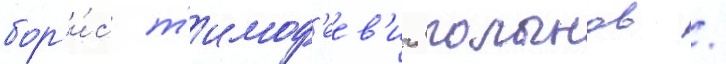
бор'и́с т'имоф'еев'ич полынов /